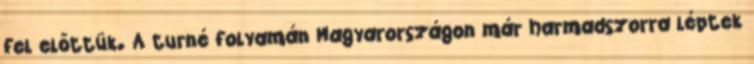
fel előttük. A turné folyamán Magyarországon már harmadszorra léptek